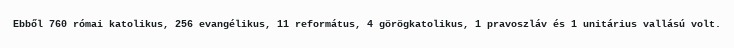
Ebből 760 római katolikus, 256 evangélikus, 11 református, 4 görögkatolikus, 1 pravoszláv és 1 unitárius vallású volt.